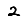
Digit: 2